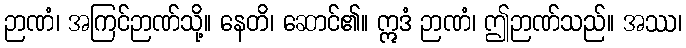
ဉာဏံ၊ အကြင်ဉာဏ်သို့။ နေတိ၊ ဆောင်၏။ ဣဒံ ဉာဏံ၊ ဤဉာဏ်သည်။ အဿ၊